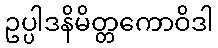
ဥပ္ပါဒနိမိတ္တကောဝိဒါ